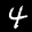
Label: 4